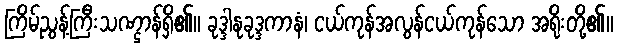
ကြိမ်ညွန့်ကြီးသဏ္ဌာန်ရှိ၏။ ခုဒ္ဒါနုခုဒ္ဒကာနံ၊ ငယ်ကုန်အလွန်ငယ်ကုန်သော အရိုးတို့၏။